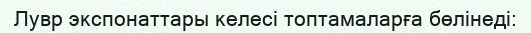
Лувр экспонаттары келесі топтамаларға бөлінеді: